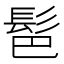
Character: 䯲